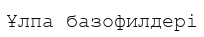
Ұлпа базофилдері